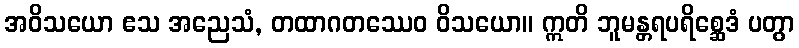
အဝိသယော ဧသ အညေသံ, တထာဂတဿေဝ ဝိသယော။ ဣတိ ဘူမန္တရပရိစ္ဆေဒံ ပတွာ